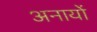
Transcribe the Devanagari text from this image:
अनायों